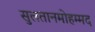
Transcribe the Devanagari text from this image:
सुलतानमोहम्मद